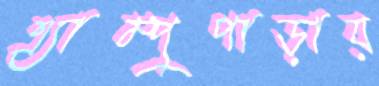
এ্যাম্পুপাড়ায়